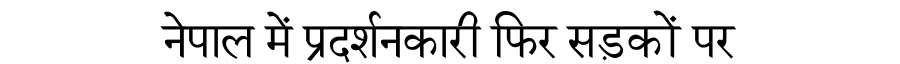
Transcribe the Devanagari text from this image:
नेपाल में प्रदर्शनकारी फिर सड़कों पर